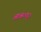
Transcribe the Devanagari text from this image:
आश्व०गृ०